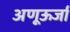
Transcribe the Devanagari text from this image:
अणूऊर्जा